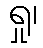
ရှု၊